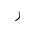
Letter: _ra